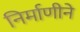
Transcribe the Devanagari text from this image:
निर्माणीने